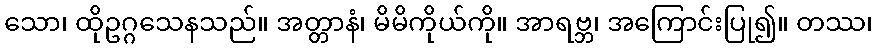
သော၊ ထိုဥဂ္ဂသေနသည်။ အတ္တာနံ၊ မိမိကိုယ်ကို။ အာရဗ္ဘ၊ အကြောင်းပြု၍။ တဿ၊